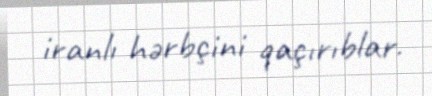
iranlı hərbçini qaçırıblar.